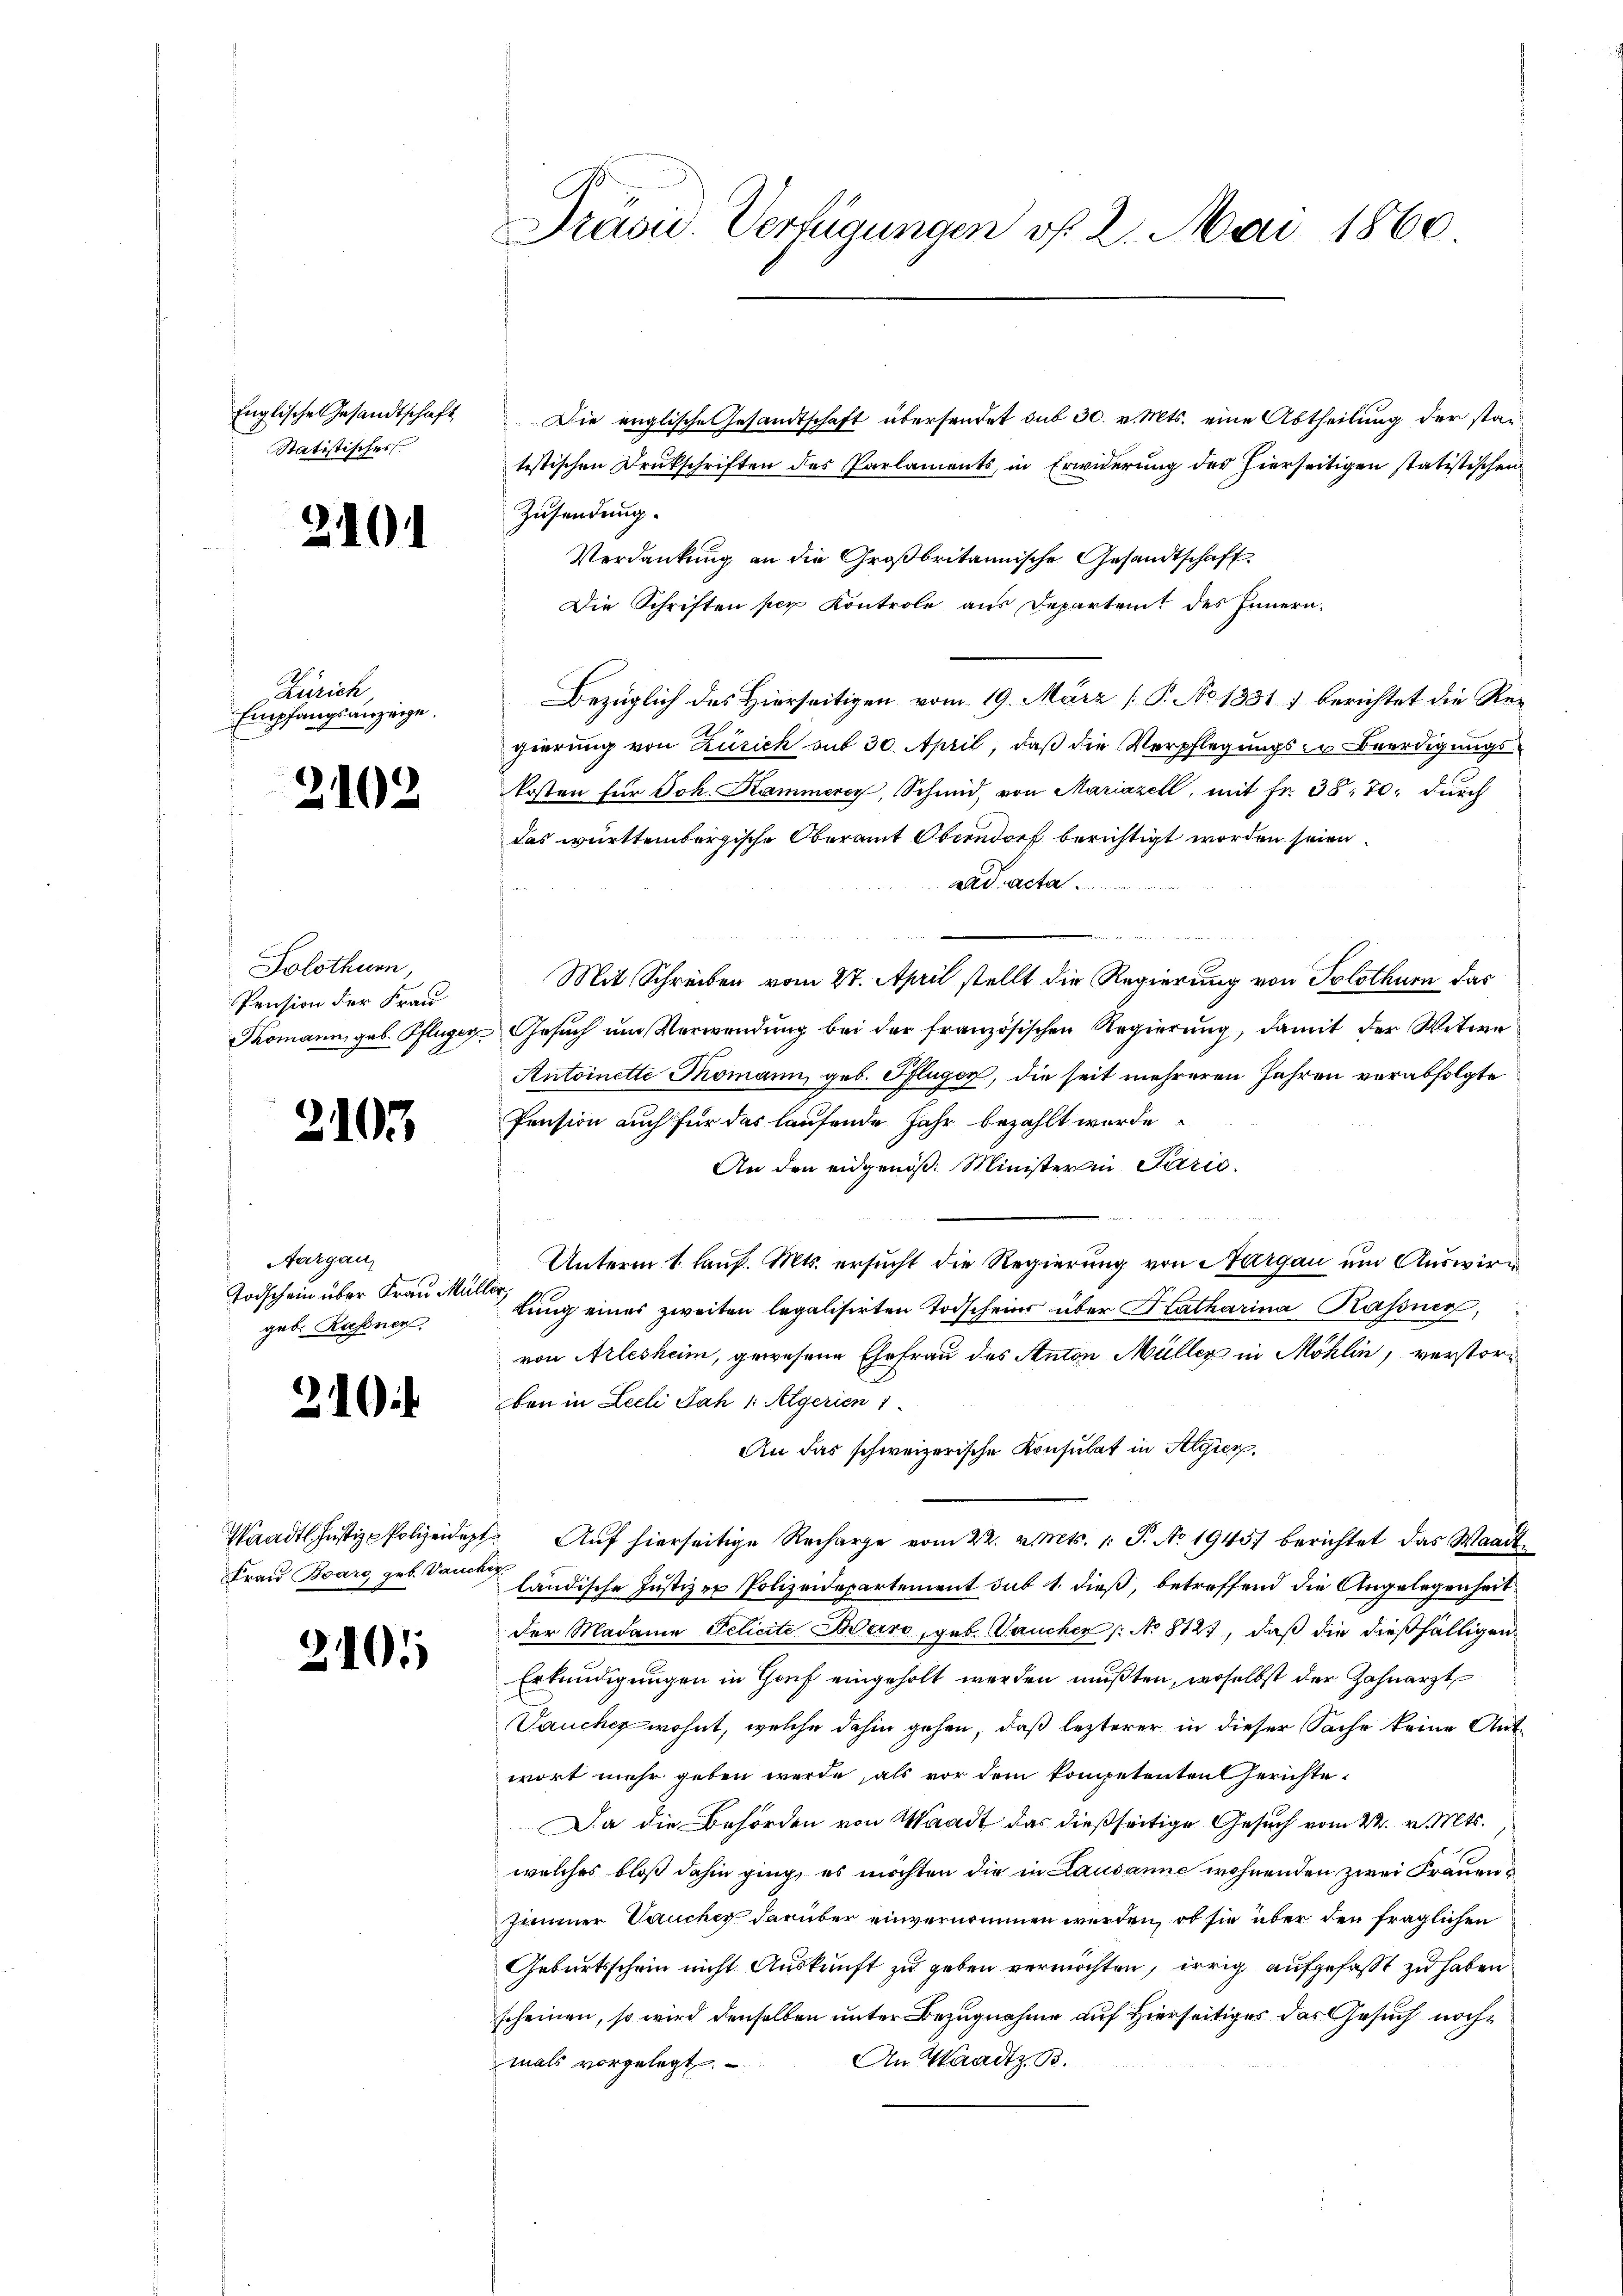
Englisches Gesandtschaft
Statistisches

2101

Zürich
Empfangsanzeige.

2102

Solothurn,
Pension der Frau

2103

Aargau,
Todschein über Frau Mül
geb. Rassnen,

21

Frau Boaro, geb. Vaucker

2101

Präsid. Verfügungen vf 2. Mai 1860

Die englische Gesandtschaft übersendet sub 30. v. Mts. eine Abtheilung der stan
tistischen Drukschriften des Parlaments, in Erwiderung der hierseitigen statistischen
Zusendung.
Verdankung an die Großbritannische Gesandtschaft.
Die Schriften per Kontrole aus Departeit des Innern,
Bezüglich des Hierseitigen vom 19. März [P. No 1331) berichtet die Regierung von Zürich mit 30. April, daß die Verpflegungs in Beerdigungskosten für Joh. Kammerey, Schmid, von Mariazell, mit Fr. 38, 70; durch
das württembergische Oberamt Oberndorf berichtigt worden seien.
ad acta.
Mit Schreiben vom 27. April stellt die Regierung von Solothurn das
Thomann geb. Pflüger Gesŭch ŭm Verwendŭng bei der französischen Regierŭng, damit der Witwe
Antoinette Thomann geb. Pflügen, die seit mehreren Jahren verabfolgte
Pension auch für das laufende Jahr bezahlt wurde
An den eidgenöß. Minister in Parić.

Unterm 1. lauf. Mts. ersucht die Regierung von Aargau um Auswirla
lung eines zweiten legalisirten Todscheins über Katharina Kassner,
von Arlesheim, gewesene Ehefrau des Anton Müller in Möhlin, verstor-
ben in Lecli Jah 1: Algerien 1
An das schweizerische Konsulat in Algier
Waadt. Justiz-Polizeidigt. Auf hierseitige Recharge vom 22. v. Mts. 1. S. No. 1945) berichtet das Waadt
ländische Justizer Polizeidepartement sub 1. dieß, betreffend die Angelegenheit
der Madame Pelicite Baro, geb. Jaucher (: No 8127, daß die dießfälligen
Erkundigungen in Genf eingeholt werden mußten, woselbst der Zahnarzt
Daucher wohnt, welche dahin gehen, daß letzterer in dieser Sache keine Antwort mehr geben werde, als vor dem kompetenten Gerichte
Da die Behörden von Waadt das dießseitige Gesuch vom 22. v. Mts.
welches bloß dahin ging, es möchten die in Lausanne wohnenden zwei Frauen &
Zimmer aucher darüber einvernommen werden, ob sie über den fraglichen
Geburtsschein nicht Auskunft zu geben vermöchten, irrig aufgefaßt zu haben.
scheinen, so wird denselben unter Bezugnahme auf Hierseitiges das Gesuch noche
An Waadtz. B.
mals vorgelegt